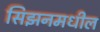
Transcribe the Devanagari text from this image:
सिझनमधील